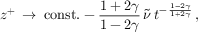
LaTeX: z ^ { + } \: \rightarrow \: \mathrm { c o n s t . } - \frac { 1 + 2 \gamma } { 1 - 2 \gamma } \, \tilde { \nu } \, t ^ { - \, \frac { 1 - 2 \gamma } { 1 + 2 \gamma } } \, ,